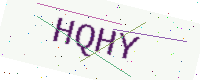
Text: HQHY